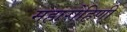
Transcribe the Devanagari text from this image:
महारोहिणी